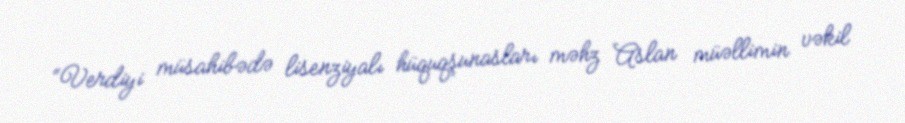
“Verdiyi müsahibədə lisenziyalı hüquqşunasları məhz Aslan müəllimin vəkil